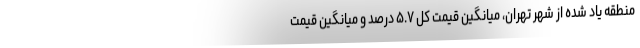
منطقه یاد شده از شهر تهران، میانگین قیمت کل ۵.۷ درصد و میانگین قیمت